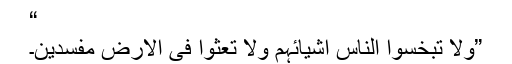
“
”ولا تبخسوا الناس اشيائہم ولا تعثوا فى الارض مفسدين۔